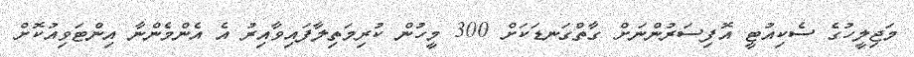
މަޖިލީހުގެ ސެކިއުޓީ އޮފިސަރުންނަށް ގާތްގަނޑަކަށް 300 މީހުން ކުރިމަތިލާފައިވާއިރު އެ އެންމެންނާ އިންޓަވިއުކޮށް